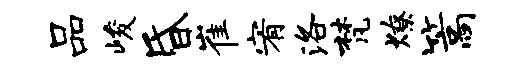
品峻昏崔宥洛梵燎篙